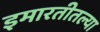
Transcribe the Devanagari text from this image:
इमारतीतल्या